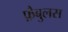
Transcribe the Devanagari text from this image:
फ़ैबुलस